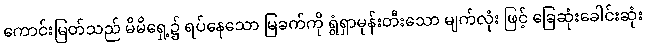
ကောင်းမြတ်သည် မိမိရှေ့၌ ရပ်နေသော မြခက်ကို ရွံရှာမုန်းတီးသော မျက်လုံး ဖြင့် ခြေဆုံးခေါင်းဆုံး